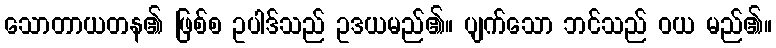
သောတာယတန၏ ဖြစ်စ ဥပါဒ်သည် ဥဒယမည်၏။ ပျက်သော ဘင်သည် ဝယ မည်၏။